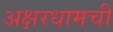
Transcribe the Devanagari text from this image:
अक्षरधामची